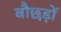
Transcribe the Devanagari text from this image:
बौछड़ों